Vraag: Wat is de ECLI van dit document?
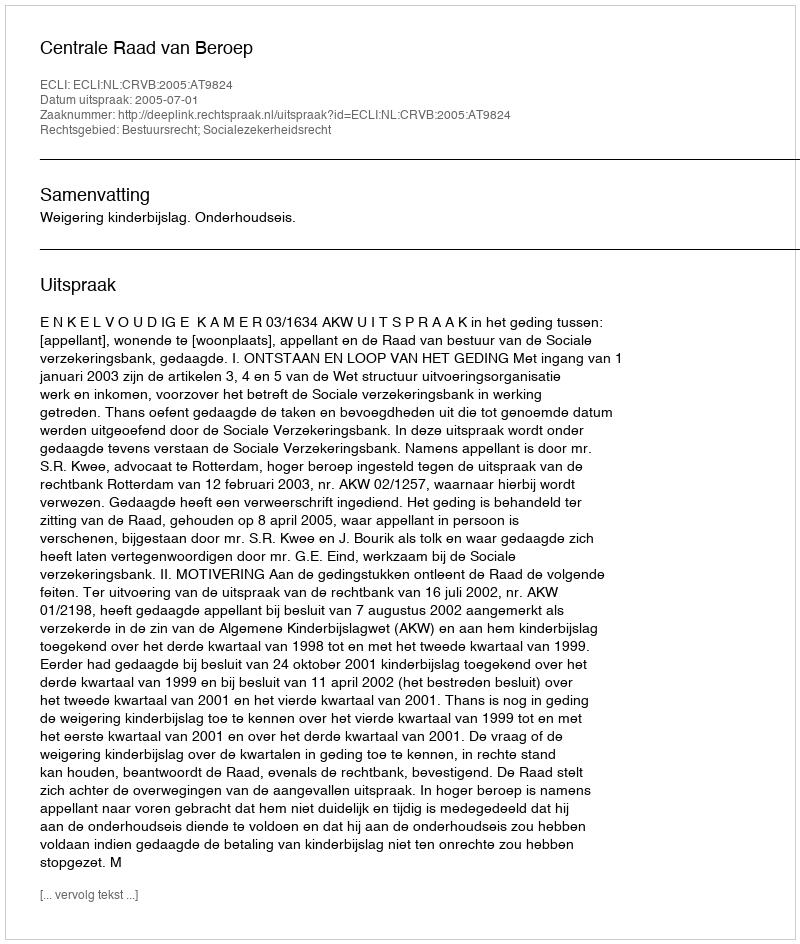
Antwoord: ECLI:NL:CRVB:2005:AT9824